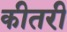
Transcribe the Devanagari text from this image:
कीतरी